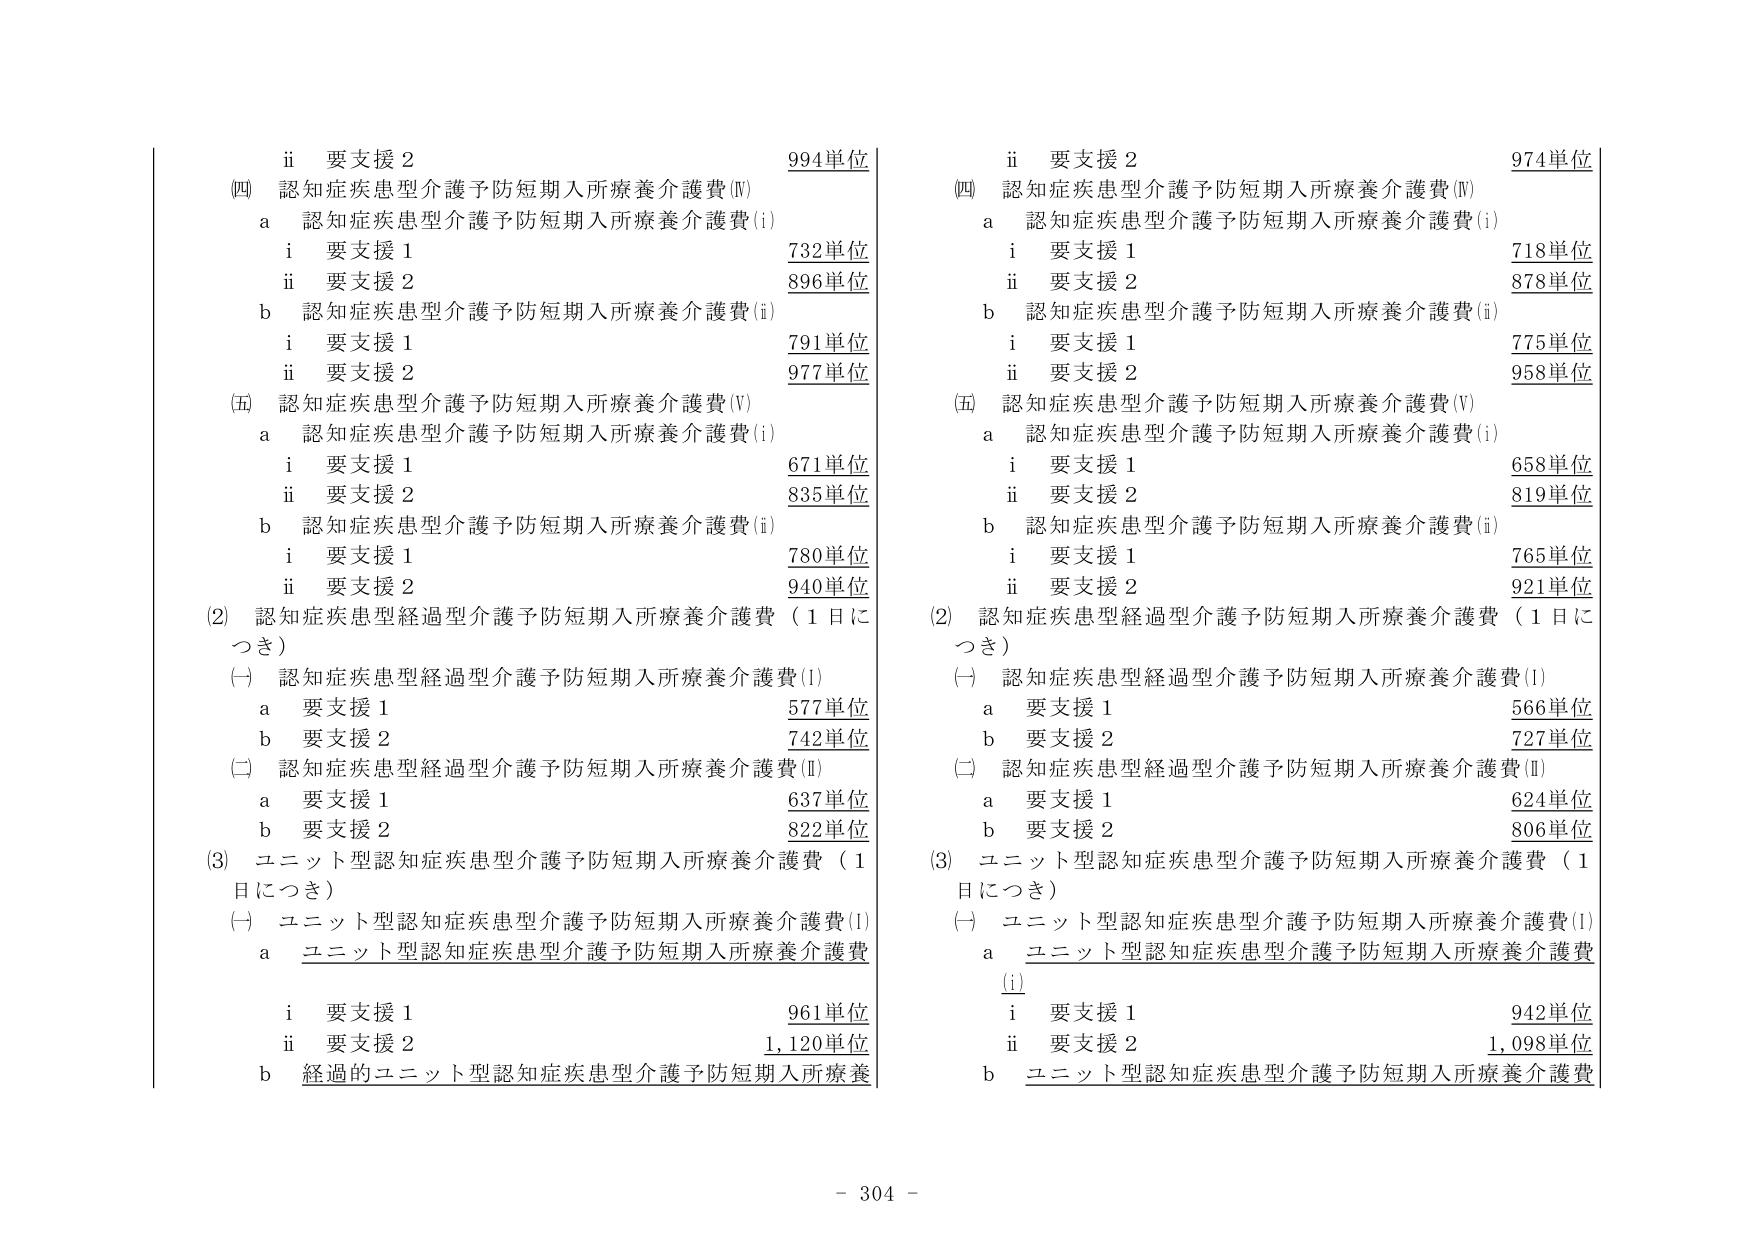
ii 要支援 2 994単位
(四) 認知症疾患型介護予防短期入所療養介護費(Ⅳ)
　a 認知症疾患型介護予防短期入所療養介護費(i)
　　i 要支援 1 732単位
　　ii 要支援 2 896単位
　b 認知症疾患型介護予防短期入所療養介護費(ii)
　　i 要支援 1 791単位
　　ii 要支援 2 977単位
(五) 認知症疾患型介護予防短期入所療養介護費(V)
　a 認知症疾患型介護予防短期入所療養介護費(i)
　　i 要支援 1 671単位
　　ii 要支援 2 835単位
　b 認知症疾患型介護予防短期入所療養介護費(ii)
　　i 要支援 1 780単位
　　ii 要支援 2 940単位
(2) 認知症疾患型経過型介護予防短期入所療養介護費（1日につき）
　(一) 認知症疾患型経過型介護予防短期入所療養介護費(I)
　　a 要支援 1 577単位
　　b 要支援 2 742単位
　(二) 認知症疾患型経過型介護予防短期入所療養介護費(Ⅱ)
　　a 要支援 1 637単位
　　b 要支援 2 822単位
(3) ユニット型認知症疾患型介護予防短期入所療養介護費（1日につき）
　(一) ユニット型認知症疾患型介護予防短期入所療養介護費(I)
　　a ユニット型認知症疾患型介護予防短期入所療養介護費
　　　i 要支援 1 961単位
　　　ii 要支援 2 1,120単位
　　b 経過的ユニット型認知症疾患型介護予防短期入所療養

ii 要支援 2 974単位
(四) 認知症疾患型介護予防短期入所療養介護費(Ⅳ)
　a 認知症疾患型介護予防短期入所療養介護費(i)
　　i 要支援 1 718単位
　　ii 要支援 2 878単位
　b 認知症疾患型介護予防短期入所療養介護費(ii)
　　i 要支援 1 775単位
　　ii 要支援 2 958単位
(五) 認知症疾患型介護予防短期入所療養介護費(V)
　a 認知症疾患型介護予防短期入所療養介護費(i)
　　i 要支援 1 658単位
　　ii 要支援 2 819単位
　b 認知症疾患型介護予防短期入所療養介護費(ii)
　　i 要支援 1 765単位
　　ii 要支援 2 921単位
(2) 認知症疾患型経過型介護予防短期入所療養介護費（1日につき）
　(一) 認知症疾患型経過型介護予防短期入所療養介護費(I)
　　a 要支援 1 566単位
　　b 要支援 2 727単位
　(二) 認知症疾患型経過型介護予防短期入所療養介護費(Ⅱ)
　　a 要支援 1 624単位
　　b 要支援 2 806単位
(3) ユニット型認知症疾患型介護予防短期入所療養介護費（1日につき）
　(一) ユニット型認知症疾患型介護予防短期入所療養介護費(I)
　　a ユニット型認知症疾患型介護予防短期入所療養介護費
　　　i 要支援 1 942単位
　　　ii 要支援 2 1,098単位
　　b ユニット型認知症疾患型介護予防短期入所療養介護費

- 304 -